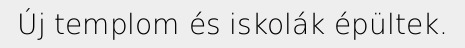
Új templom és iskolák épültek.